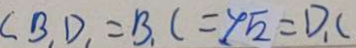
C B _ { 1 } D _ { 1 } = B _ { 1 } C = 4 \sqrt { 2 } = D _ { 1 } C